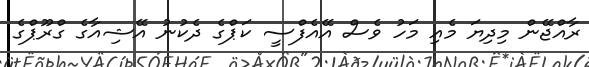
ރާއްޖޭން މިދިޔަ މެއި މަހު ވެސް އޭއެފްސީ ކަޕްގެ ދެކުނު އޭޝިއާގެ ގްރޫޕްގެ